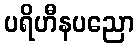
ပရိဟီနပညော